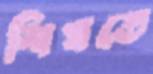
শিখতে